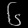
Digit: ၆